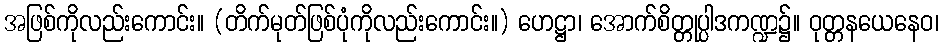
အဖြစ်ကိုလည်းကောင်း။ (တိက်မုတ်ဖြစ်ပုံကိုလည်းကောင်း။) ဟေဋ္ဌာ၊ အောက်စိတ္တုပ္ပါဒကဏ္ဍ၌။ ဝုတ္တနယေနေဝ၊